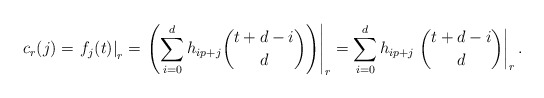
\begin{align*} c_r(j) = \left. f_j(t) \right|_r = \left. \left( \sum_{i=0}^{d} h_{ip+j} \binom{t+d-i}{d} \right) \right|_r = \sum_{i=0}^{d} h_{ip+j} \left. \binom{t+d-i}{d} \right|_r.\end{align*}